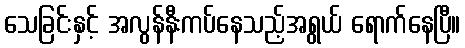
သေခြင်းနှင့် အလွန်နီးကပ်နေသည့်အရွယ် ရောက်နေပြီ။